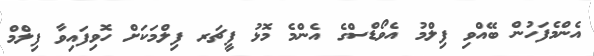
އެންމެފަހުން ބޭއްވި ފިލްމު އެވޯޑްސްގެ އެންމެ މޮޅު ފީޗަރ ފިލްމަކަށް ހޮވިފައިވާ ފިލްމް